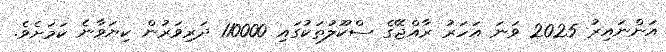
އަންނައިރު 2025 ވަނަ އަހަރު ރާއްޖޭގެ ސްކޫލުތަކުގައި 110000 ދަރިވަރުން ކިޔަވާނެ ކަމަށެވެ.